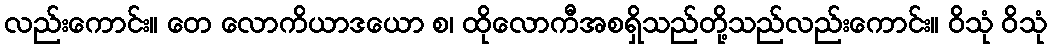
လည်းကောင်း။ တေ လောကိယာဒယော စ၊ ထိုလောကီအစရှိသည်တို့သည်လည်းကောင်း။ ဝိသုံ ဝိသုံ